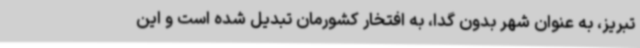
تبریز، به عنوان شهر بدون گدا، به افتخار کشورمان تبدیل شده است و این